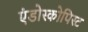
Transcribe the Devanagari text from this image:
एंडोस्कोपिस्ट